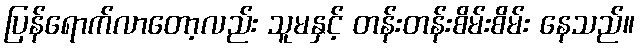
ပြန်ရောက်လာတော့လည်း သူမနှင့် တန်းတန်းစိမ်းစိမ်း နေသည်။